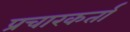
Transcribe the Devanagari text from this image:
प्रचारकर्ता